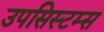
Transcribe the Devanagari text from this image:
उपसिस्टम्स